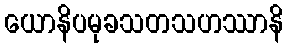
ယောနိပမုခသတသဟဿာနိ